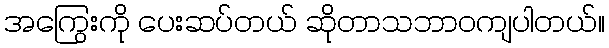
အကြွေးကို ပေးဆပ်တယ် ဆိုတာသဘာဝကျပါတယ်။